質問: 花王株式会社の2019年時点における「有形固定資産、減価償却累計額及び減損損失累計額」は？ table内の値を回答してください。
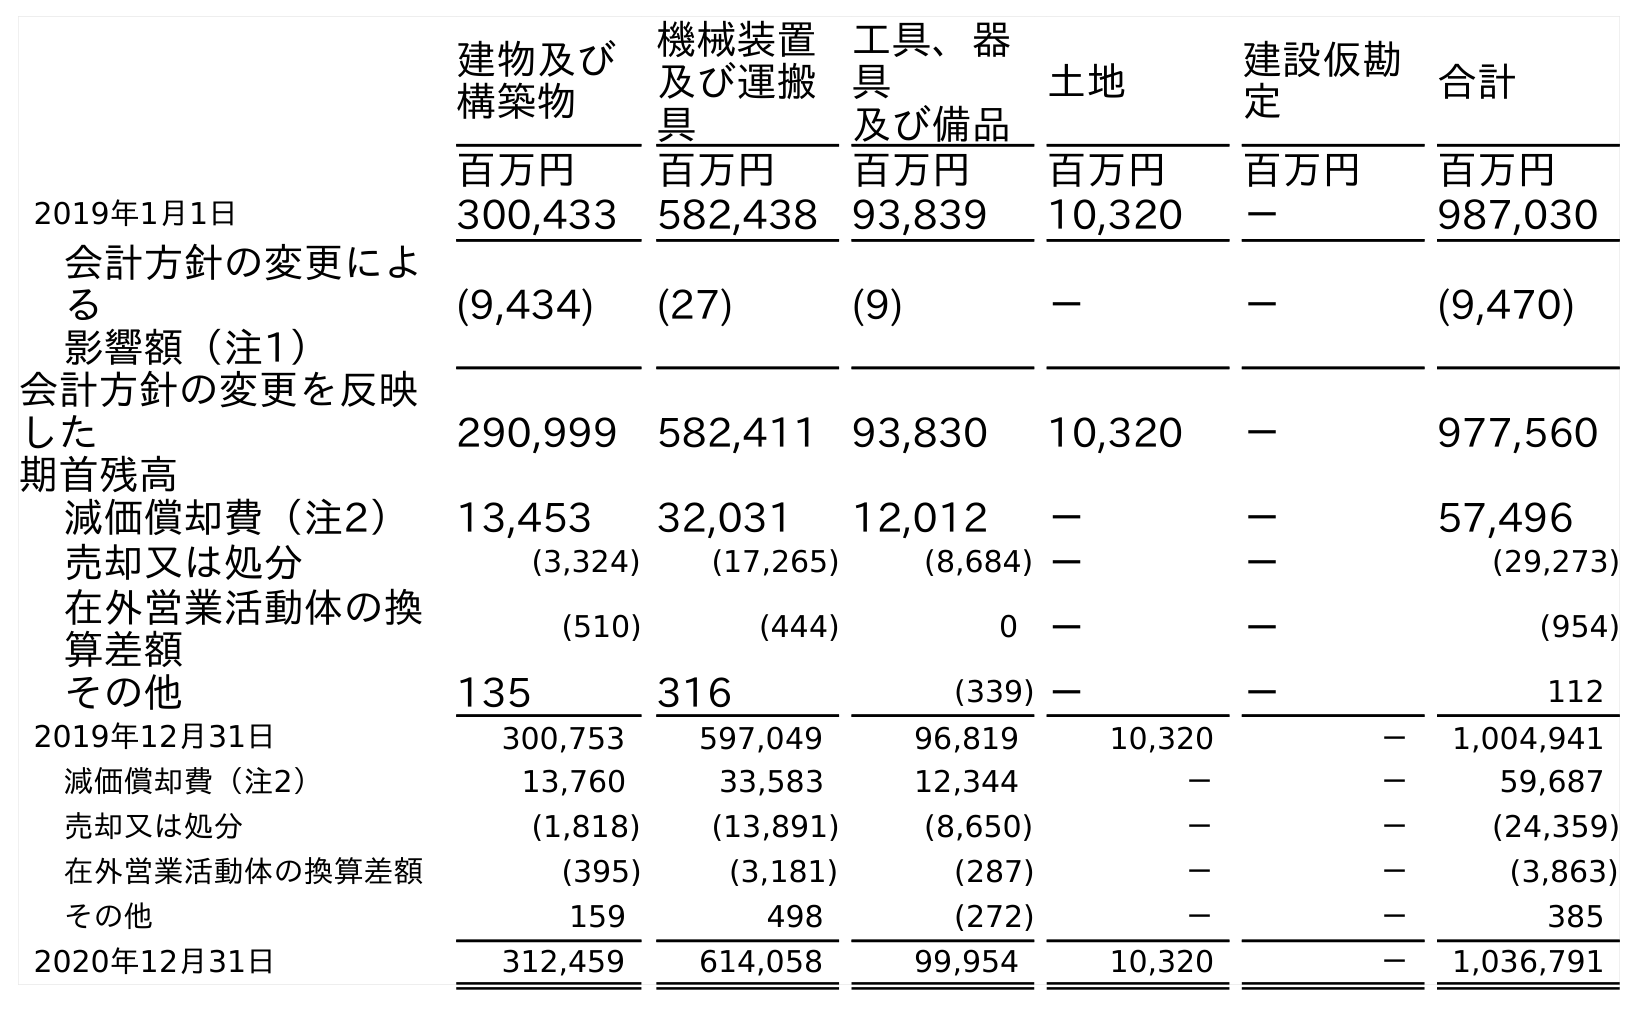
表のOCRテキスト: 建物及び 構築物 機械装置 及び運搬 具 工具、器 具 及び備品 土地 建設仮勘 定 合計 百万円 百万円 百万円 百万円 百万円 百万円 2019年1月1日 300,433 582,438 93,839 10,320 － 987,030 会計方針の変更によ る 影響額（注1） (9,434) (27) (9) － － (9,470) 会計方針の変更を反映 した 期首残高 290,999 582,411 93,830 10,320 － 977,560 減価償却費（注2） 13,453 32,031 12,012 － － 57,496 売却又は処分 (3,324) (17,265) (8,684) － － (29,273) 在外営業活動体の換 算差額 (510) (444) 0 － － (954) その他 135 316 (339) － － 112 2019年12月31日 300,753 597,049 96,819 10,320 － 1,004,941 減価償却費（注2） 13,760 33,583 12,344 － － 59,687 売却又は処分 (1,818) (13,891) (8,650) － － (24,359) 在外営業活動体の換算差額 (395) (3,181) (287) － － (3,863) その他 159 498 (272) － － 385 2020年12月31日 312,459 614,058 99,954 10,320 － 1,036,791
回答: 1,004,941